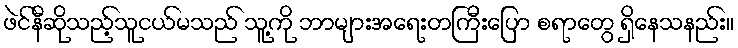
ဖဲင်နီဆိုသည့်သူငယ်မသည် သူ့ကို ဘာများအရေးတကြီးပြော စရာတွေ ရှိနေသနည်း။